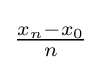
{\textstyle {\frac {x_{n}-x_{0}}{n}}}